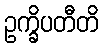
ဥက္ခိပတီတိ